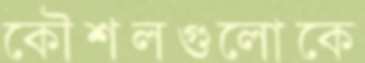
কৌশলগুলোকে